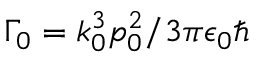
\Gamma _ { 0 } = k _ { 0 } ^ { 3 } p _ { 0 } ^ { 2 } / 3 \pi \epsilon _ { 0 } \hbar